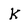
Character: K